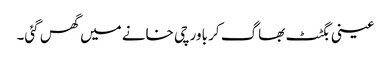
عینی بگٹٹ بھاگ کر باورچی خانے میں گھس گئی۔